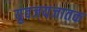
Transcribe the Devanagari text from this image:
युवजयजातक